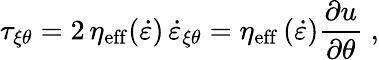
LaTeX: \tau_{\xi\theta}=2\, \eta_{\mathrm{eff}}(\dot{\varepsilon})\, \dot{\varepsilon}_{\xi\theta}=\eta_{\mathrm{eff}}\, (\dot{\varepsilon})\frac{\partial u}{\partial\theta}\; ,